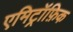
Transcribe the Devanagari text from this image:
एमिट्रॉफ़िक